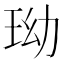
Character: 𤤬